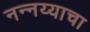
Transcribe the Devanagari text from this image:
नन्नय्याचा